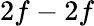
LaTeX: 2f-2f